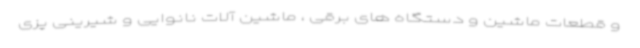
و قطعات ماشین و دستگاه های برقی ، ماشین آلات نانوایی و شیرینی پزی